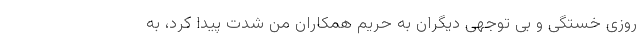
روزی خستگی و بی توجهی دیگران به حریم همکاران من شدت پیدا کرد، به